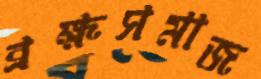
ব্রহ্মসমাজ